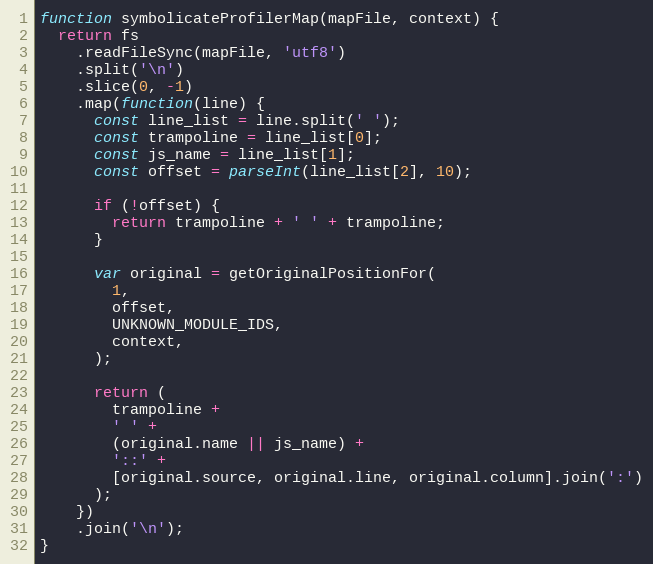
Language: JavaScript
function symbolicateProfilerMap(mapFile, context) {
  return fs
    .readFileSync(mapFile, 'utf8')
    .split('\n')
    .slice(0, -1)
    .map(function(line) {
      const line_list = line.split(' ');
      const trampoline = line_list[0];
      const js_name = line_list[1];
      const offset = parseInt(line_list[2], 10);

      if (!offset) {
        return trampoline + ' ' + trampoline;
      }

      var original = getOriginalPositionFor(
        1,
        offset,
        UNKNOWN_MODULE_IDS,
        context,
      );

      return (
        trampoline +
        ' ' +
        (original.name || js_name) +
        '::' +
        [original.source, original.line, original.column].join(':')
      );
    })
    .join('\n');
}